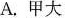
A.甲大